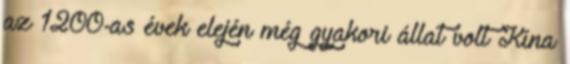
az 1200-as évek elején még gyakori állat volt Kína